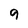
Character: 9